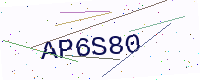
Text: AP6S80